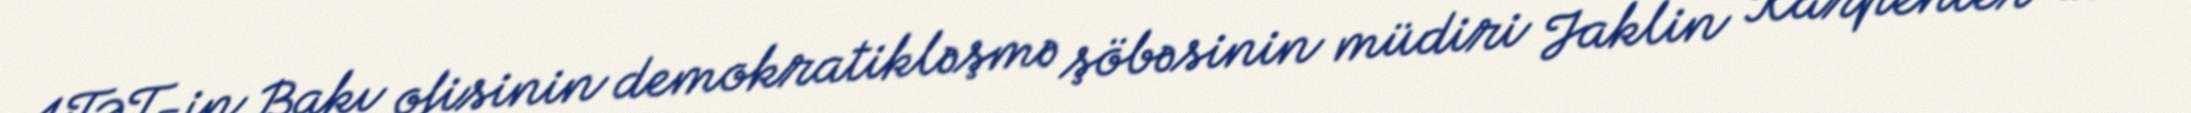
ATƏT-in Bakı ofisinin demokratikləşmə şöbəsinin müdiri Jaklin Karpenter isə